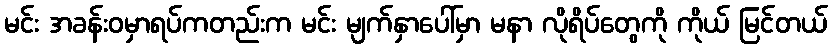
မင်း အခန်းဝမှာရပ်ကတည်းက မင်း မျက်နှာပေါ်မှာ မနာ လိုရိပ်တွေကို ကိုယ် မြင်တယ်